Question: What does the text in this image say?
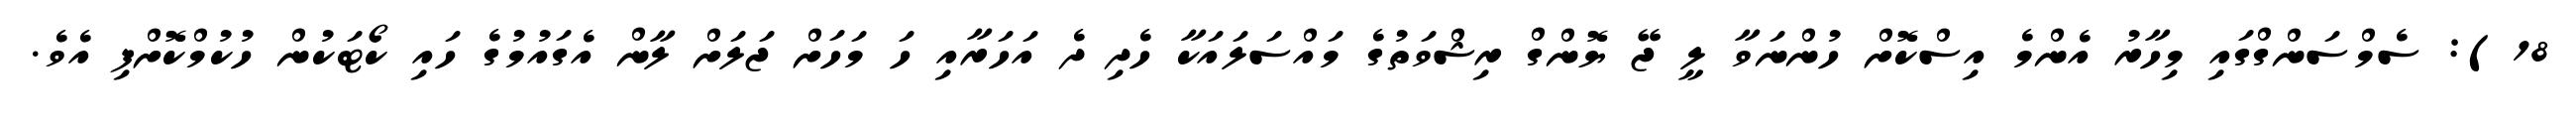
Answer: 18): ސެމްސަންގްގައި މިހާރު އެންމެ އިސްކޮށް ހުންނަވާ ލީ ޖޭ ޔޮންގް ރިޝްވަތުގެ މައްސަލައަކާ ހެދި ދެ އަހަރާއި ހަ މަހަށް ޖަލަށް ލާން އެގައުމުގެ ހައި ކޯޓަކުން ހުކުމްކޮށްފި އެވެ.